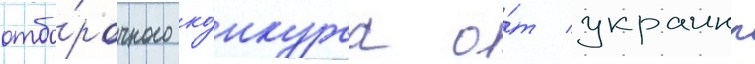
отбо́рочного ко́нкурса о́т украины